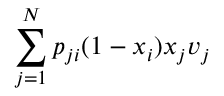
\sum _ { j = 1 } ^ { N } p _ { j i } ( 1 - x _ { i } ) x _ { j } v _ { j }